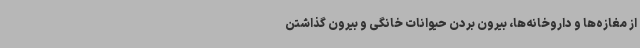
از مغازه‌ها و داروخانه‌ها، بیرون بردن حیوانات خانگی و بیرون گذاشتن